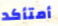
أمتأكد